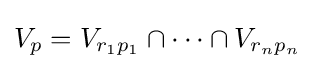
V_{p}=V_{r_{1}p_{1}}\cap \cdots \cap V_{r_{n}p_{n}}